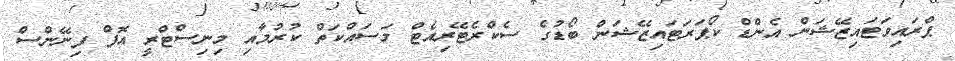
ޕްރައިވަޓައިޒޭޝަން އެންޑް ކޯޕަރަޓައިޒޭޝަން ބޯޑުގެ ސެކްރެޓޭރިއެޓް މަސައްކަތް ކުރުމާއި މިނިސްޓްރީ އޮފް ފިނޭންސް